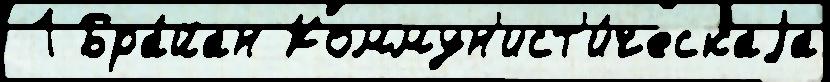
 1 Бра́йан Коммун'ист'и́ческаjа